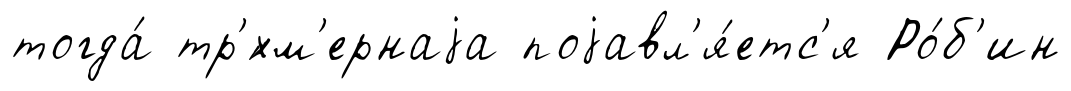
тогда́ тр'́хм'ернаjа поjавл'я́етс'я Ро́б'ин